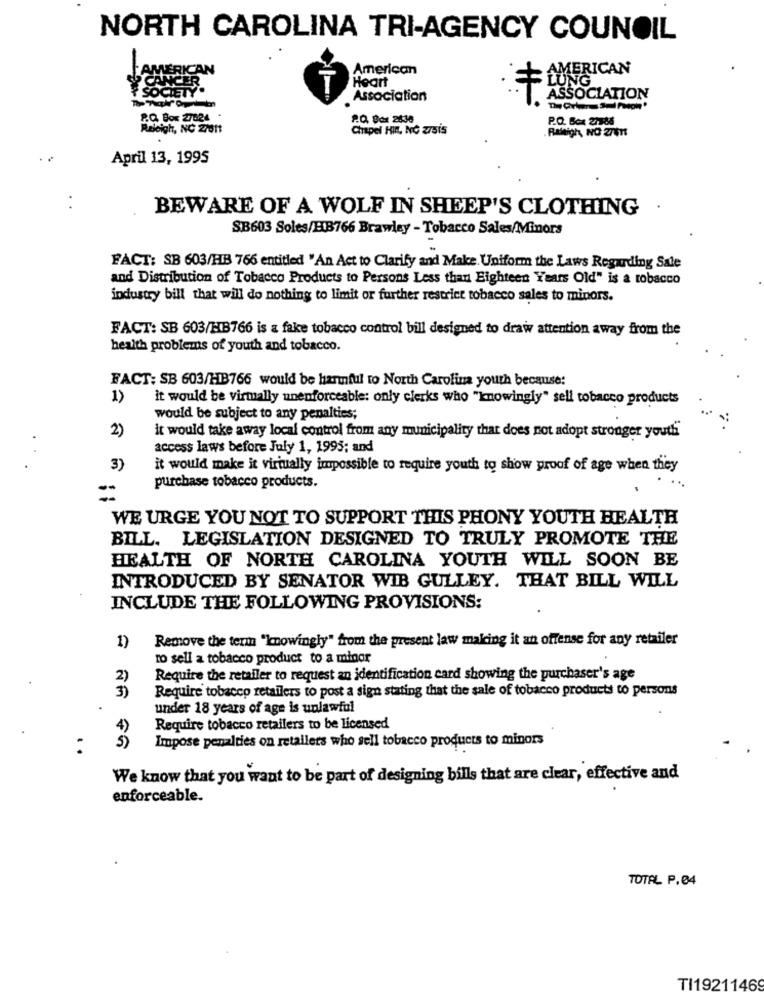
NORTH CAROLINA TRI-AGENCY COUNOIL
AN
American
AMERICAN
Heart
SOCIE
T
Association
ASSOCIATION
PQ Box 27324
PO Box 2638
P.O. Box 27386
Raleigh, NC 27611
Chapel HIn, NO arsis
April 13, 1995
BEWARE OF A WOLF IN SHEEP'S CLOTHING
.
SB603 Soles/218766 Brawley - Tobacco Sales/Minors
FACT: SB 603/HIB 766 entitled " An Act to Clarify and Make. Uniform the Laws Regarding Sale
and Distribution of Tobacco Products to Persons Less than Eighteen Years Old" is a tobacco
industry bill that will do nothing to limit or further restrict tobacco sales to minors.
FACT: SB 603/118766 is a fake tobacco control bill designed to draw attention away from the
health problems of youth and tobacco.
FACT: SB 603/HB766 would be harmful to North Carolina youth because:
1)
it would be virtually unenforceable: only clerks who "knowingly" sell tobacco products
would be subject to any penalties;
2)
it would take away local control from any municipality that does not adopt stronger youth
.
access laws before July 1, 1995; and
3)
it would make it virtually impossible to require youth to show proof of age when they
purchase tobacco products.
=
WE URGE YOU NOT TO SUPPORT THIS PHONY YOUTH HEALTH
BILL. LEGISLATION DESIGNED TO TRULY PROMOTE THE
HEALTH OF NORTH CAROLINA YOUTH WILL SOON BE
INTRODUCED BY SENATOR WIB GULLEY. THAT BILL WILL
INCLUDE THE FOLLOWING PROVISIONS:
Remove the term "knowingly" from the present law making it an offense for any retailer
1)
to sell a tobacco product to a minor
2)
Require the retailer to request an identification card showing the purchaser's age
3)
Require' tobacco retailers to post a sign stating that the sale of tobacco products to persons
under 18 years of age is unlawful
4)
Require tobacco retailers to be licensed
5)
Impose penalties on retailers who sell tobacco products to minors
We know that you want to be part of designing bills that are clear, effective and
enforceable.
TOTAL P.04
TI19211469